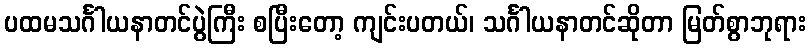
ပထမသင်္ဂါယနာတင်ပွဲကြီး စပြီးတော့ ကျင်းပတယ်၊ သင်္ဂါယနာတင်ဆိုတာ မြတ်စွာဘုရား